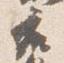
座